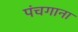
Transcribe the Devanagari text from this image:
पंचगाना